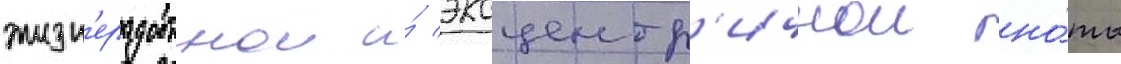
жизн'ерадостнои и́ эксцентр'ичнои но́ты